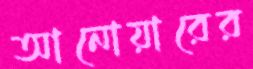
আনোয়ারের